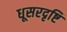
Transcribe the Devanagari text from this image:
धूसरदृष्टि